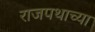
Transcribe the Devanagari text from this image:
राजपथाच्या